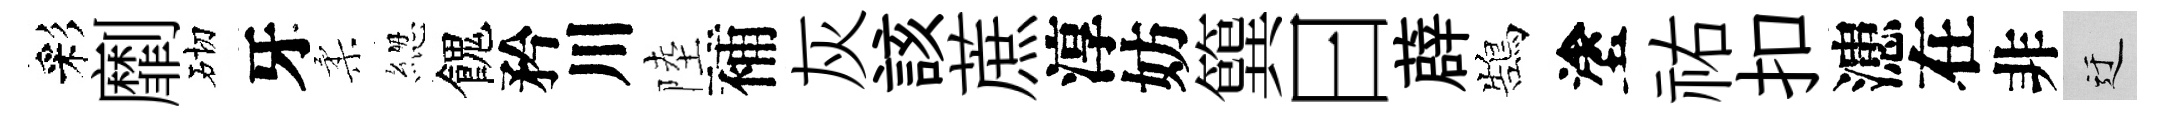
彩劘砌牙柔緫餽矜川陸補灰該蔗淳妨簨曰薜鵠塗祐扣漶在非迂